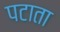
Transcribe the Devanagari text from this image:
पटाता